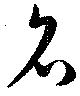
名